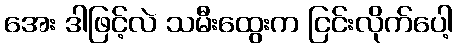
အေး ဒါဖြင့်လဲ သမီးထွေးက ငြင်းလိုက်ပေါ့